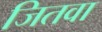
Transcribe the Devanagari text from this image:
जितवा